Leprosy in India: report of the Leprosy Commission in India, 1890-91
Year: 1890
Disease focus: Leprosy
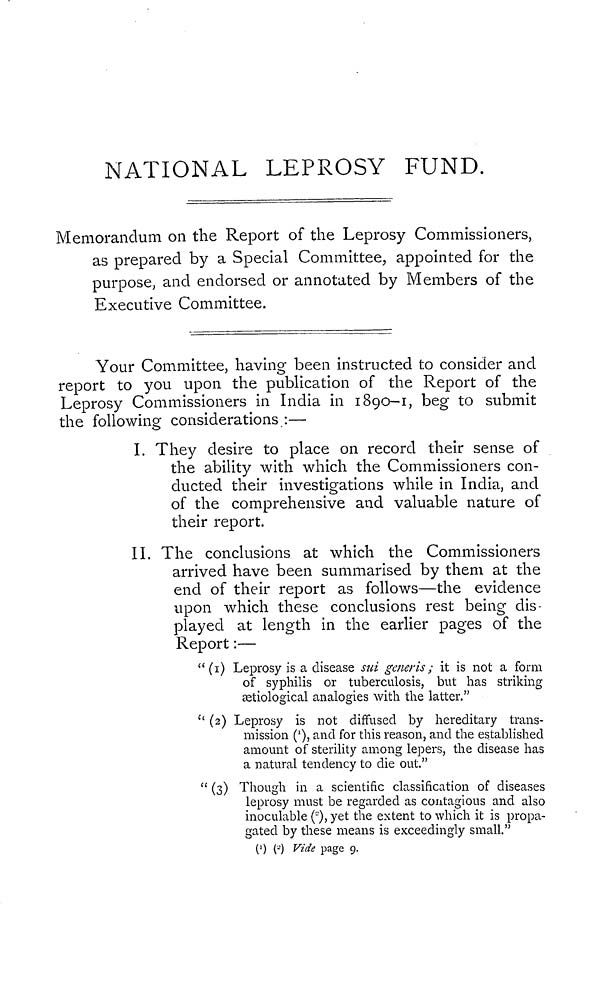
NATIONAL LEPROSY FUND.
Memorandum on the Report of the Leprosy Commissioners,
as prepared by a Special Committee, appointed for the
purpose, and endorsed or annotated by Members of the
Executive Committee.
Your Committee, having been instructed to consider and
report to you upon the publication of the Report of the
Leprosy Commissioners in India in 1890-1, beg to submit
the following considerations.:—
I. They desire to place on record their sense of
the ability with which the Commissioners con-
ducted their investigations while in India, and
of the comprehensive and valuable nature of
their report.
II. The conclusions at which the Commissioners
arrived have been summarised by them at the
end of their report as follows—the evidence
upon which these conclusions rest being dis-
played at length in the earlier pages of the
Report :—
" (1) Leprosy is a disease sui generis ; it is not a form
of syphilis or tuberculosis, but has striking
ætiological analogies with the latter."
" (2) Leprosy is not diffused by hereditary trans-
mission ( I ), and for this reason, and the established
amount of sterility among lepers, the disease has
a natural tendency to die out."
" (3) Though in a scientific classification of diseases
leprosy must be regarded as contagious and also
inoculable (' -' ), yet the extent to which it is propa-
gated by these means is exceedingly small."
( 1 ) ( 2 ) Vide page 9.